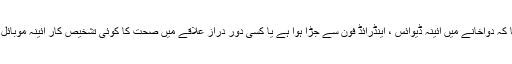
اس سے کوئی فرق نہیں پڑتا کہ دواخانے میں آئینہ ڈیوائس ، اینڈرائڈ فون سے جڑا ہوا ہے یا کسی دور دراز علاقے میں صحت کا کوئی تشخیص کار آئینہ موبائل ڈیوائس استعمال کر رہا ہے۔